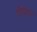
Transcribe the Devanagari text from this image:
दीर्घपोर